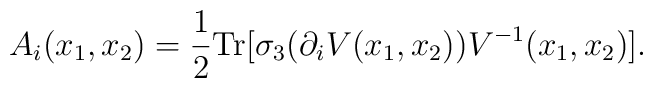
A_i(x_1,x_2)=\frac{1}{2} {\rm Tr}[\sigma_3(\partial_iV(x_1,x_2))V^{-1}(x_1,x_2)].